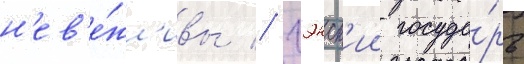
н'ев'е́жл'ивы // Гэнск'ии госуда́рь